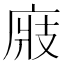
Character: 𢉎